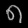
Digit: ၈